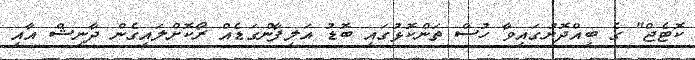
ކޮޓެޖް" ގެ ބިއްދޮށުގައިވާ ހުސް ތަންކޮޅުގައި ބޮޑު އަލިފާންގަޑެއް ރޯކޮށްލައިގެން ދާނިޝް އާއި